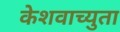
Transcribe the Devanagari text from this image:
केेशवाच्युता